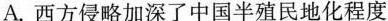
A.西方侵略加深了中国半殖民地化程度